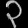
Digit: ၃